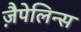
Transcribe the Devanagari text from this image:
ज़ैपेलिन्स